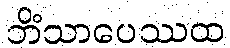
ဘိံသာပေဿထ